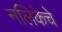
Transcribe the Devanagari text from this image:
नलिकेचे